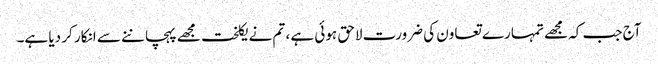
آج جب کہ مجھے تمہارے تعاون کی ضرورت لاحق ہوئی ہے ، تم نے یکلخت مجھے پہچاننے سے انکار کر دیا ہے۔